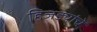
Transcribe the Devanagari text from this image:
हिजड्यांचे